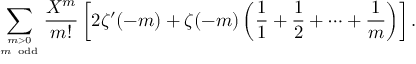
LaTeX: \sum _ { m > 0 \atop m { \mathrm { ~ o d d } } } { \frac { X ^ { m } } { m ! } } \left[ 2 \zeta ^ { \prime } ( - m ) + \zeta ( - m ) \left( { \frac { 1 } { 1 } } + { \frac { 1 } { 2 } } + \cdots + { \frac { 1 } { m } } \right) \right] .